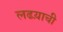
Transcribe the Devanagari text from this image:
लढय़ाची